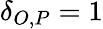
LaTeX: \delta_{O,P}=1